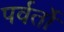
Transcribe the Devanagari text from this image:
पर्वर्तो